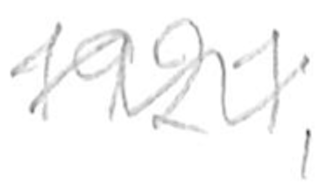
Text: 1921,
Cross-out: wave
Writing tool: pencil